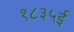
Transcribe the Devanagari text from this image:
१८३५ई